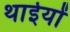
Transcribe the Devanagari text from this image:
थाईयों